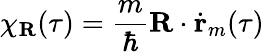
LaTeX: \chi_{\textbf{R}}(\tau)=\frac{m}{\hbar}\textbf{R}\cdot\dot{\textbf{r}}_{m}(\tau)